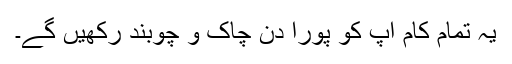
یہ تمام کام آپ کو پورا دن چاک و چوبند رکھیں گے۔